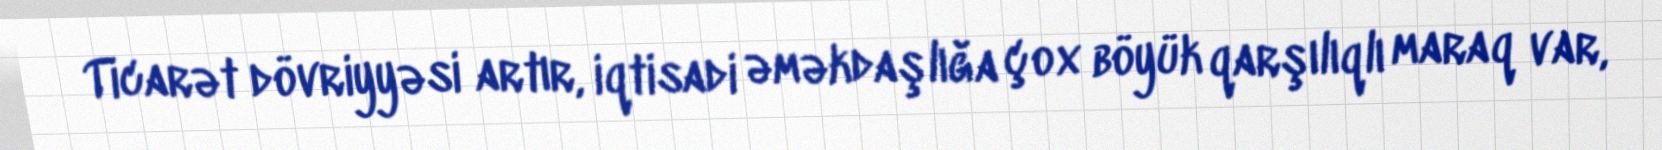
Ticarət dövriyyəsi artır, iqtisadi əməkdaşlığa çox böyük qarşılıqlı maraq var,